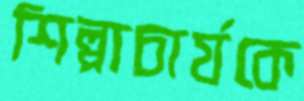
শিল্পাচার্যকে